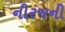
નીરજની